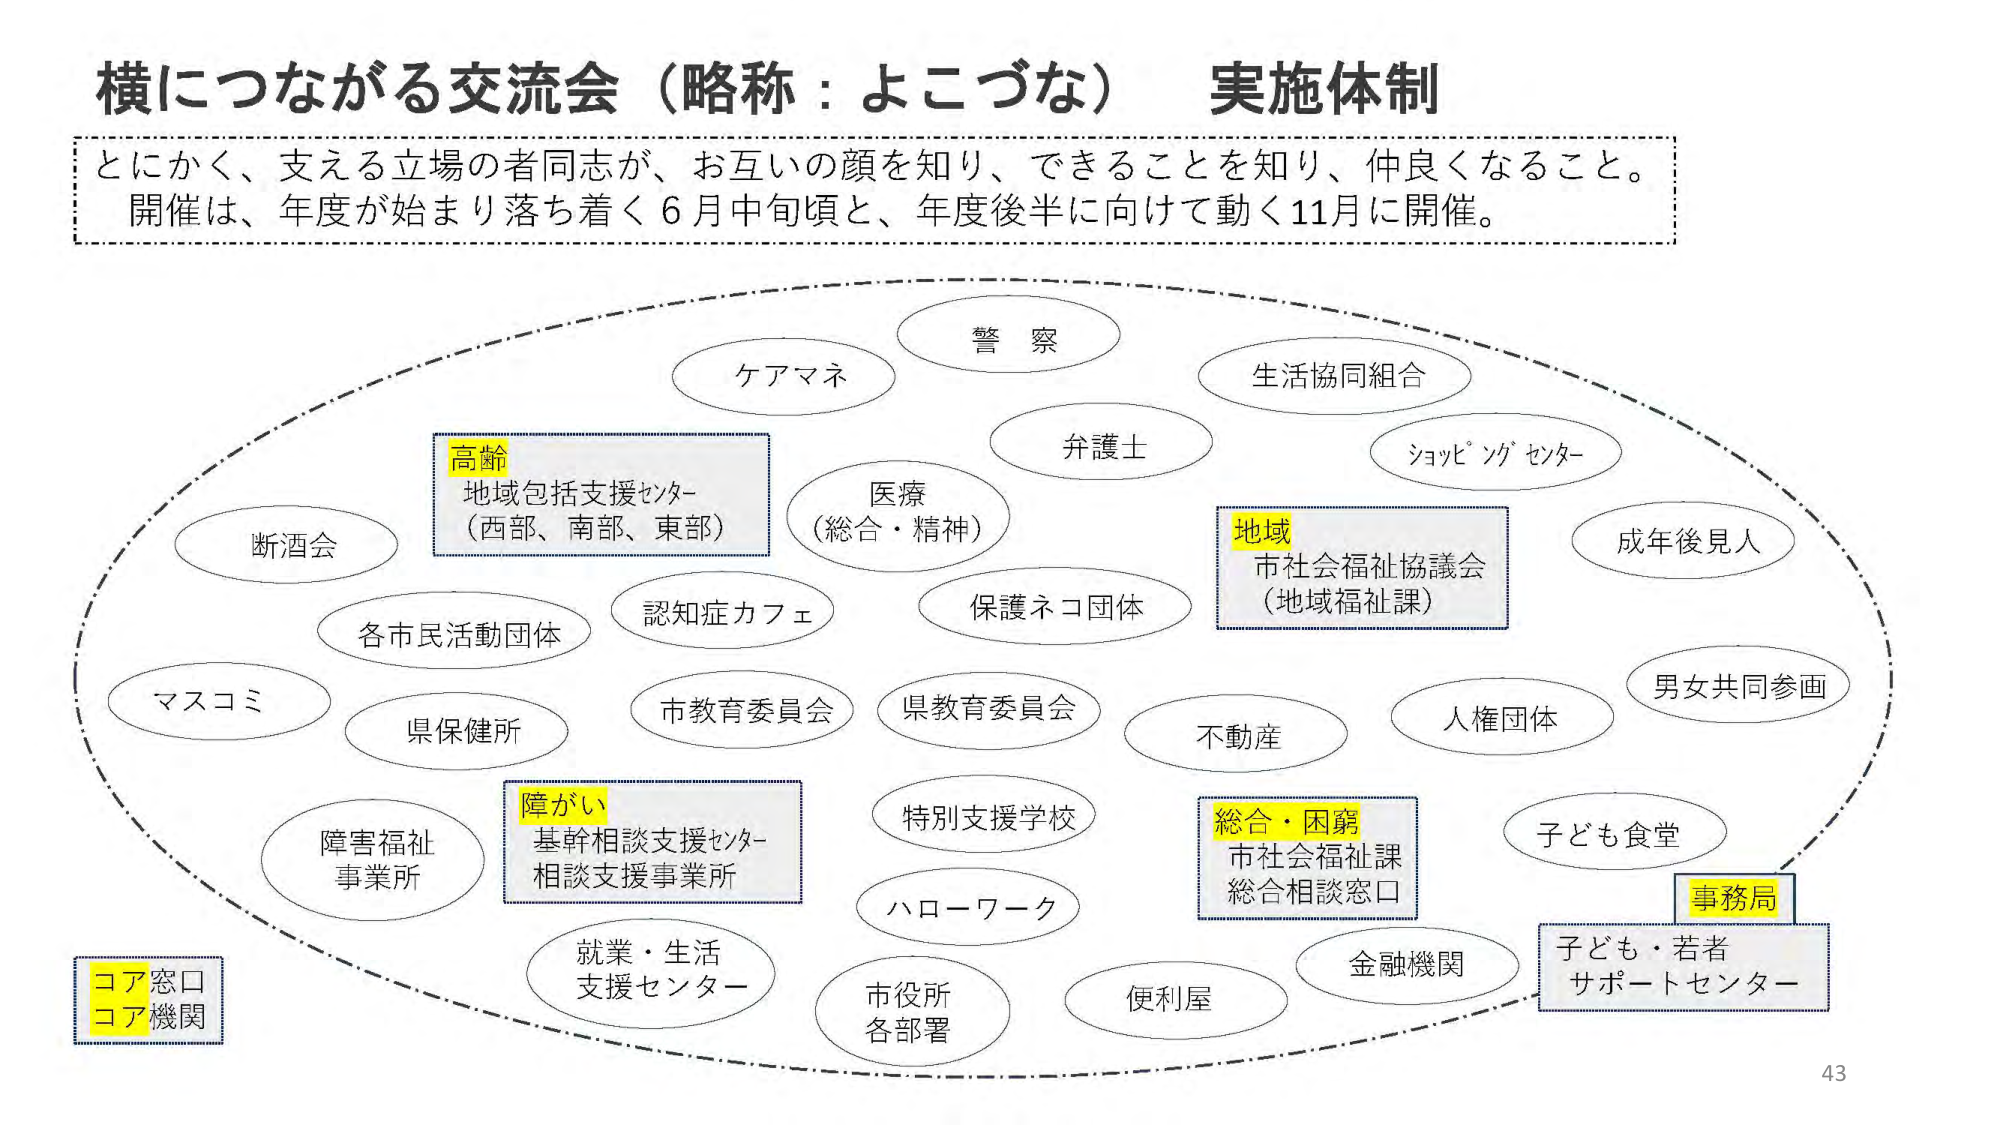
横につながる交流会（略称：よこづな） 実施体制
とにかく、支える立場の者同志が、お互いの顔を知り、できることを知り、仲良くなること。
開催は、年度が始まり落ち着く6月中旬頃と、年度後半に向けて動く11月に開催。

警察
ケアマネ
生活協同組合
弁護士
ショッピングセンター
成年後見人
高齢
地域包括支援センター
（西部、南部、東部）
医療
（総合・精神）
地域
市社会福祉協議会
（地域福祉課）
断酒会
認知症カフェ
保護ネコ団体
各市民活動団体
マスコミ
県保健所
市教育委員会
県教育委員会
不動産
人権団体
男女共同参画
障がい
基幹相談支援センター
相談支援事業所
特別支援学校
総合・困窮
市社会福祉課
総合相談窓口
子ども食堂
事務局
子ども・若者
サポートセンター
コア窓口
コア機関
就業・生活
支援センター
ハローワーク
市役所
各部署
便利屋
金融機関
障害福祉
事業所
43